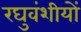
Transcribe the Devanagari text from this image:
रघुवंशीयों